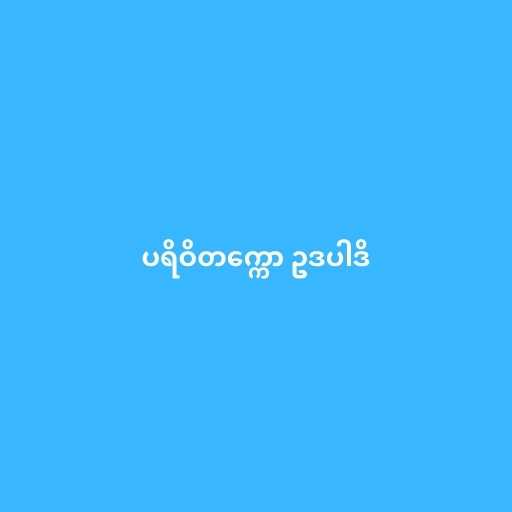
ပရိဝိတက္ကော ဥဒပါဒိ